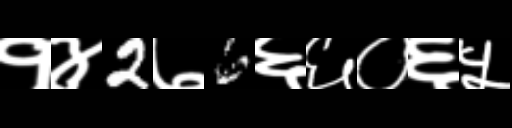
Text: १४2७6६६०६५